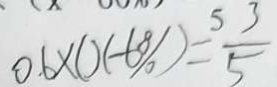
0 . 6 \times ( x - 6 0 \% ) = \frac { 3 } { 5 }